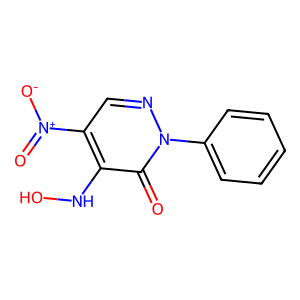
SMILES: O=c1c(NO)c([N+](=O)[O-])cnn1-c1ccccc1
Inhibits HIV replication: No